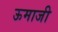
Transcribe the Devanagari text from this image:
ऊमाजी